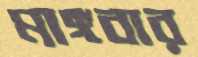
মাঙ্গবার